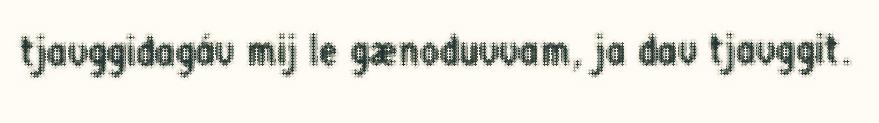
tjavggidagáv mij le gænoduvvam, ja dav tjavggit.